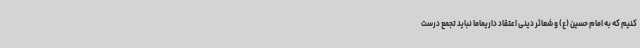
کنیم که به امام حسین (ع) و شعائر دینی اعتقاد داریماما نباید تجمع درست